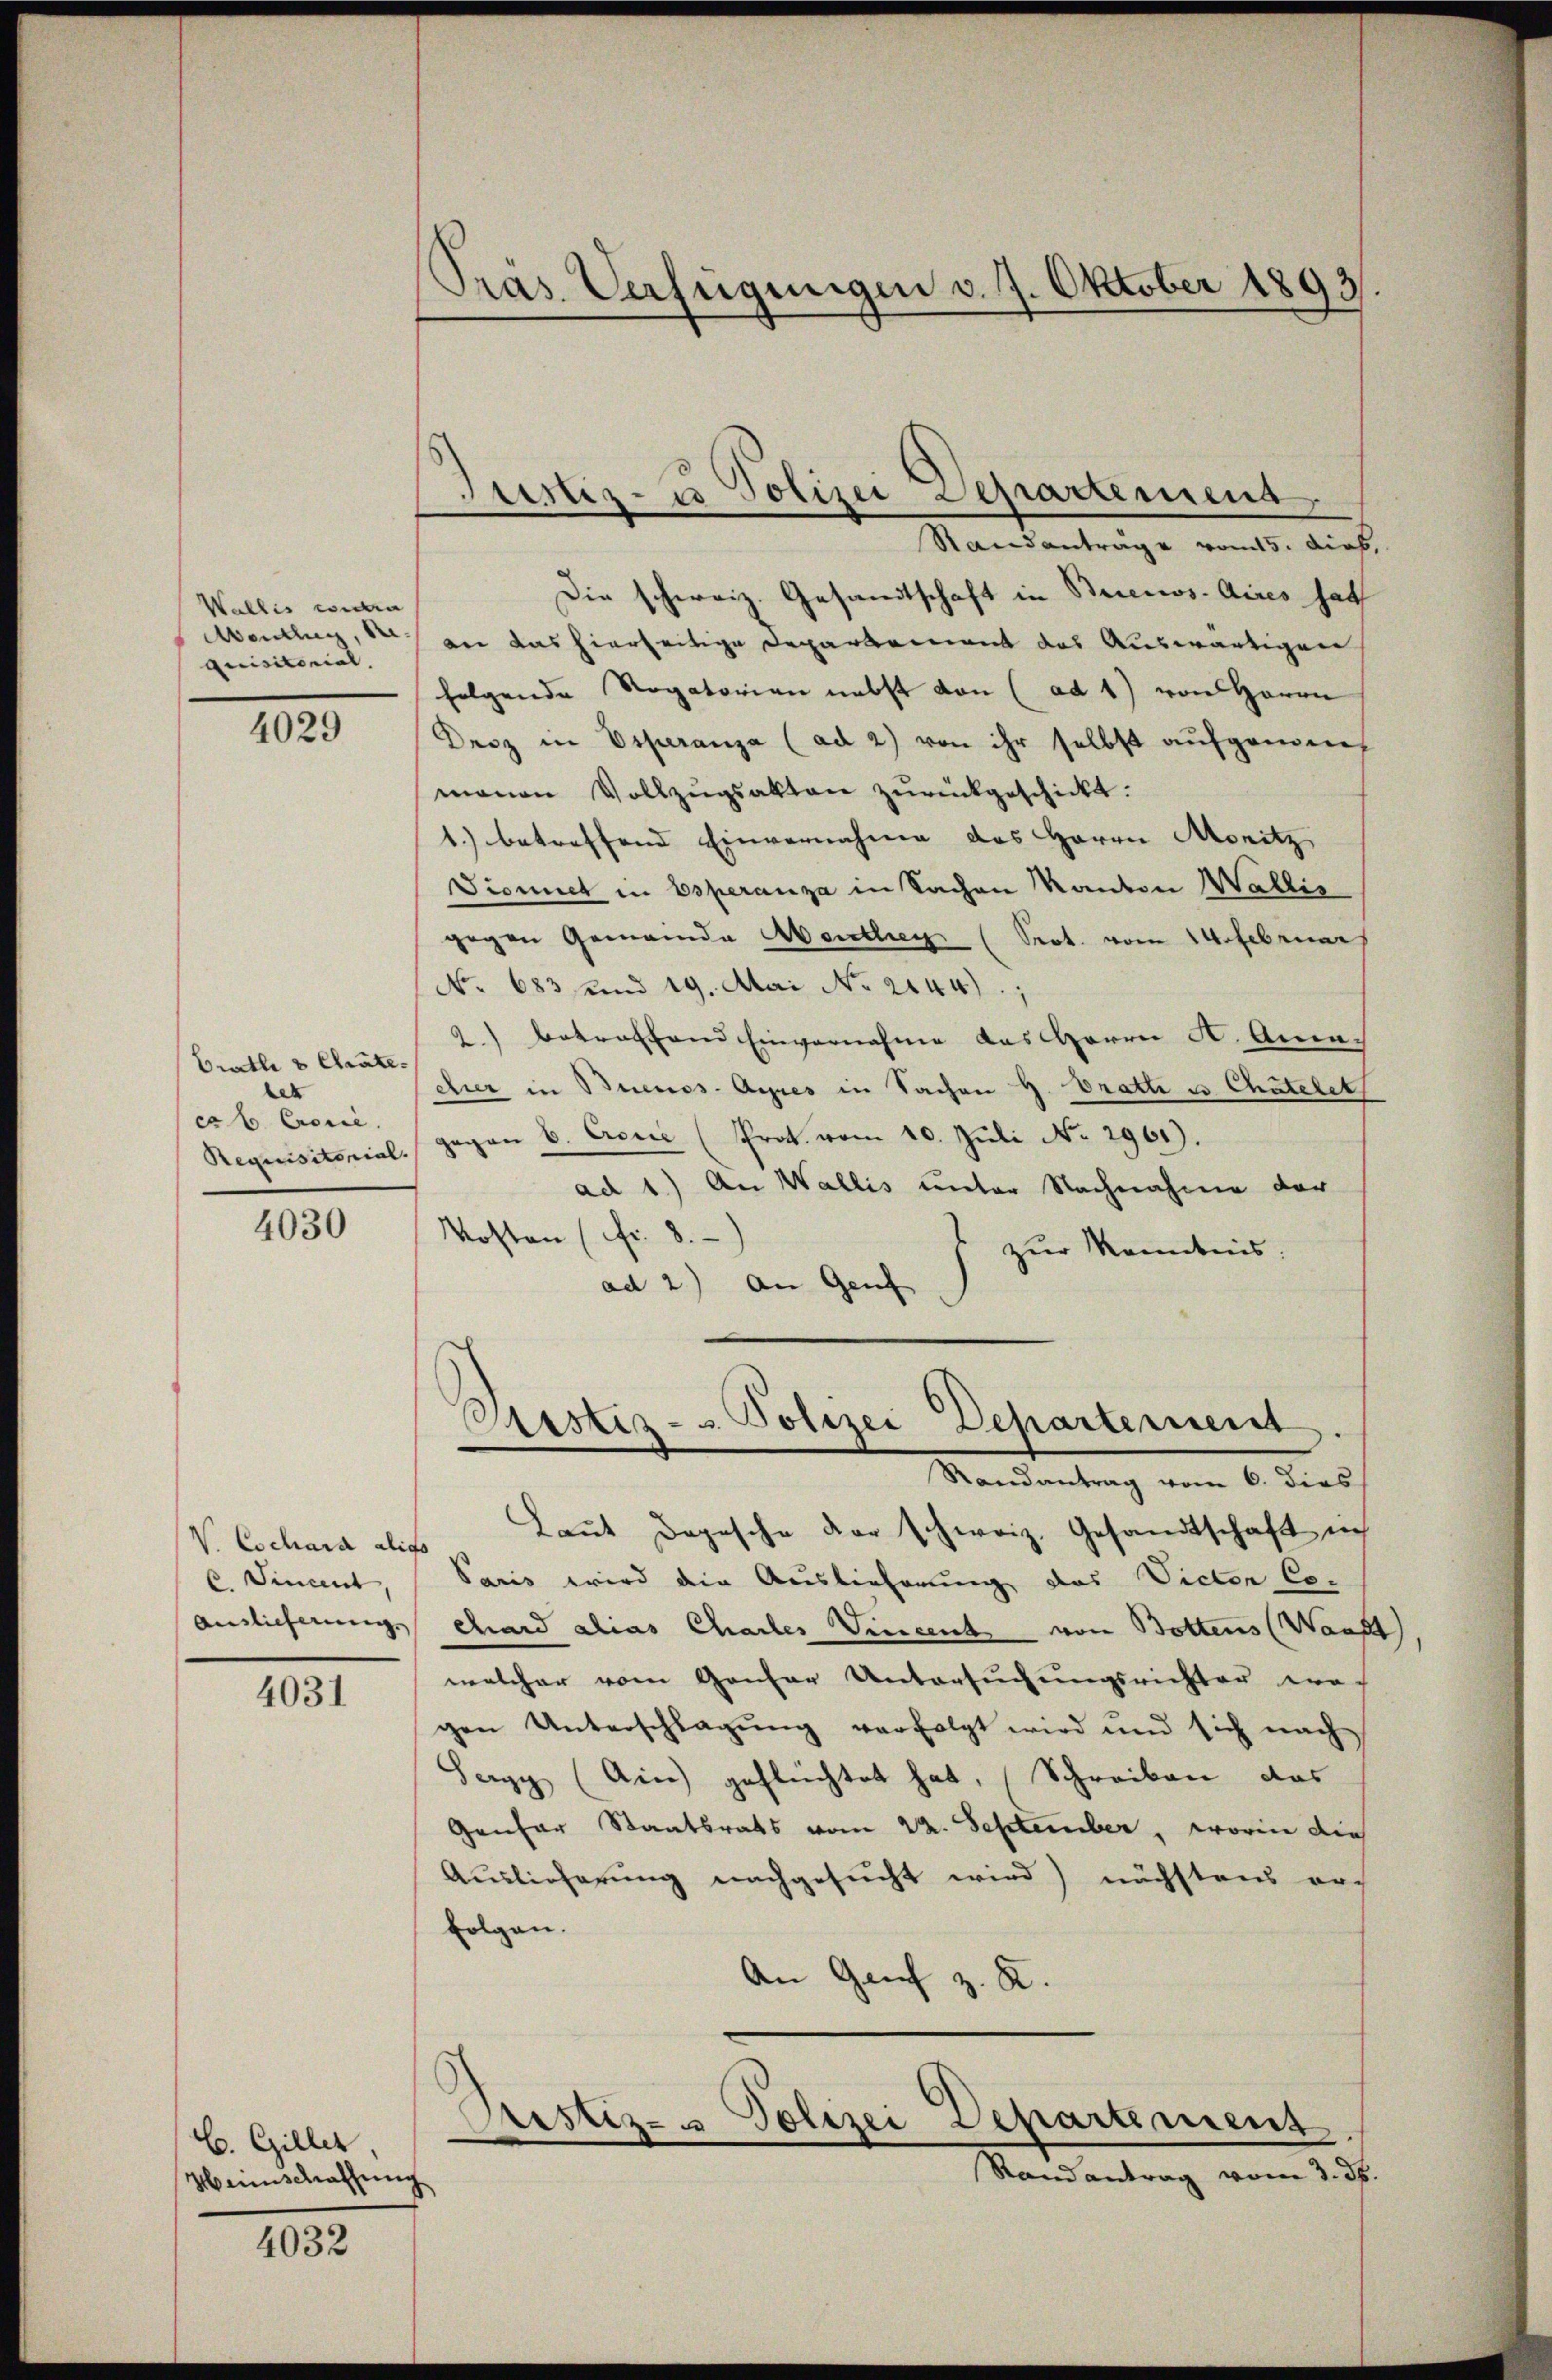
Wallis widri
Aentlug, de
quisitorial.

4029

Drathe & Chrate.
let
cb Crone.
Requisitorial.

4030

V. Cochara alig
6. Finant,
Ainlicherung.

4031

C. Giller
Manschaffung

4032

Pras Verfügungen v. 7. Oktober 1893.

Justiz- u Polizei Departement

Standantrage vom 15. Dieb,
Die schweiz. Gesandtschaft in Briccos-Aires hat
an das hierseitige Departement das Auswärtigen
folgende Rogatorien nebst von (ad 1) von Herrn
Derz in Esperanza (ad 2) von ihr selbst aufgenommanen Vollzŭgsakten zurückgeschickt.
1.) betreffend Einvernahme des Herrn Monitz
Dionnet in Esperanza in Sachen Kanton Wallis
gegen Gemeinde Abenthey (Sept. vom 14. Februar
No 683 und 19. Mai No 2144).
9) betreffend Einvernahme des Herrn A. Ama-
dir in Buenos-Ayres in Sachen H. Bratti u. Chatelet
gegen 6. April (Prot. vom 10. Juli No 2961).
ad 1.) An Wallis unter Nachnahme der
Kosten (fr. 8.
zur Kenntnis.
ad 2.) An Genf
Pristiz- & Polizei Departement
Randantrag vom 6. dies
Laŭt Dogesche der schweiz. Gesandtschaft in
Paris wird die Auslieferung das Victor Co
chard alias Chartes Vincent von Bottens (Waadt
welcher vom Gansar Untersuchungsrichter er-
gen Unterschlagŭng verfolgt wird und sich nach
Sery (Ain geflüchtet hat, (Schreiben das
Genfer Staatsrats vom 22. September, worin die
Auslieferung nachgesucht wird) nächstens noch
folgen.
An Genf z. R.
Pristiz- & Polizei Departement.
.
Randantrag vom 3. d.